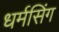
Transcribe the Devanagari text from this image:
धर्मसिंग